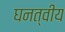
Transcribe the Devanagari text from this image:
घनत्वीय